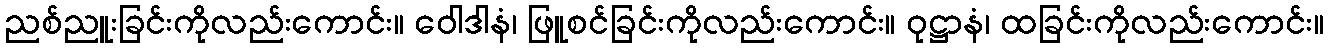
ညစ်ညူးခြင်းကိုလည်းကောင်း။ ဝေါဒါနံ၊ ဖြူစင်ခြင်းကိုလည်းကောင်း။ ဝုဋ္ဌာနံ၊ ထခြင်းကိုလည်းကောင်း။